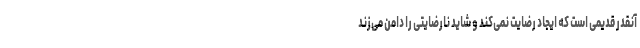
آنقدر قدیمی است که ایجاد رضایت نمی‌کند و شاید نارضایتی را دامن می‌زند